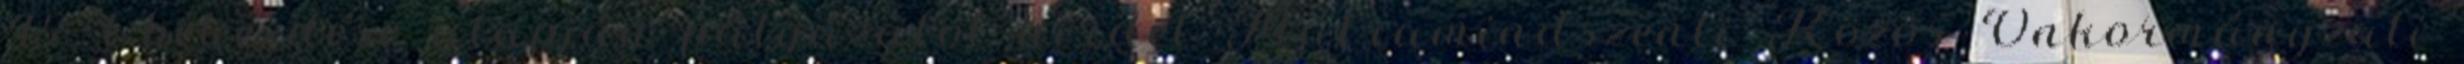
45. 1 bekezdése alapján pályázatot hirdet Mátramindszenti Közös Önkormányzati